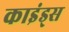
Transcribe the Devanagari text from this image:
काइंड्स